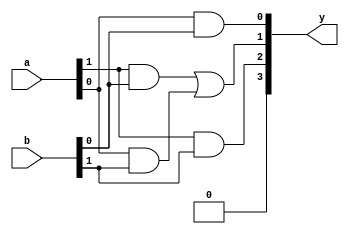
`timescale 1ns / 1ps 

module vedic2x2( input [1:0] a,b , output [3:0] y);
wire[3:0] temp;
assign temp[1:0] = (a[1] & b[0]) | (a[0] & b[1]);
assign y[0] = a[0] & b[0] ; 
assign y[1] = temp[0];
assign temp[3:2] =  ( a[1] & b[1]) | temp[1] ; 
assign y[2] = temp[2]; 
assign y[3] = temp[3]; 


endmodule 


`timescale 1ns /1ps 

module tb(); 
wire[3:0] y; 
reg [1:0]a, b; 
vedic2x2 duu(.a(a),.b(b),.y(y));
initial begin 
a = 2'b00;
b = 2'b00; 

end 
always #10 a[0] =~ a[0]; 
always #20 a[1] =~ a[1]; 
always #30 b[0] =~ b[0]; 
always #40 b[1] =~ b[1];

endmodule